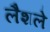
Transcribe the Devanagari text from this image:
लैशले